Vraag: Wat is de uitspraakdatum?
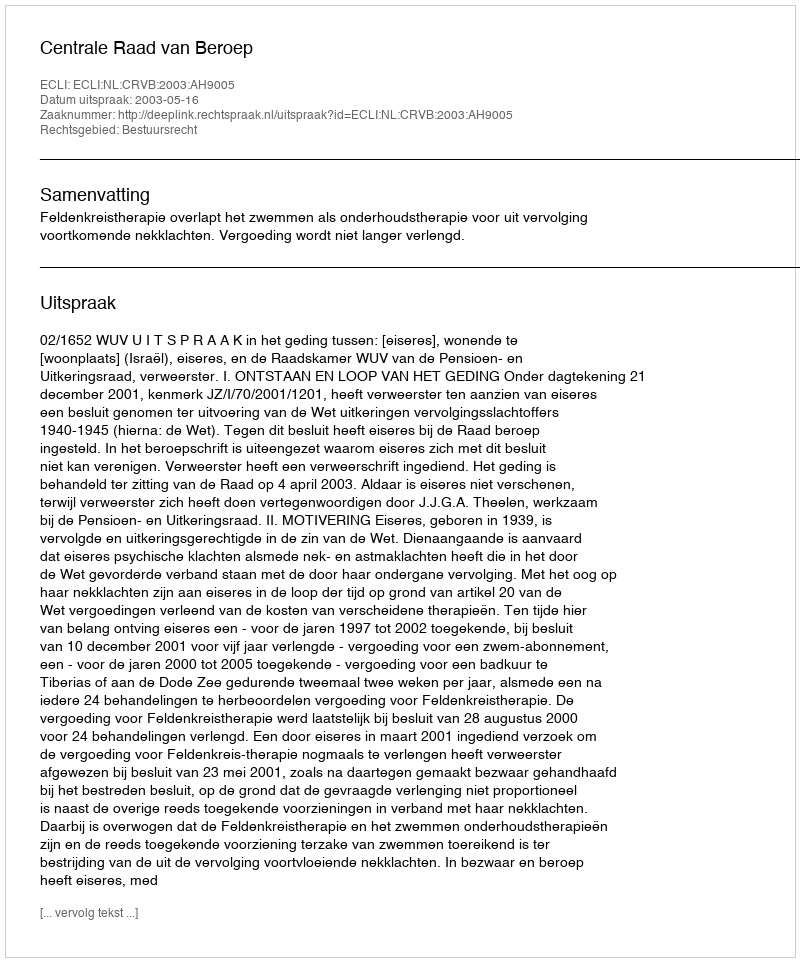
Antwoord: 2003-05-16